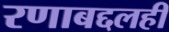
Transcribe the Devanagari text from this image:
रणाबद्दलही